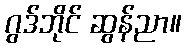
ဂွဒ်ဘိုင် ဆွန်ညာ။